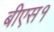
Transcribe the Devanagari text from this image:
बीएस१